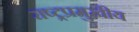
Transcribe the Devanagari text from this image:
राष्ट्रप्रमुखीय